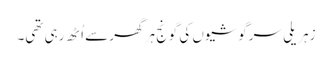
زہریلی سرگوشیوں کی گونج ہر گھر سے اُٹھ رہی تھی۔